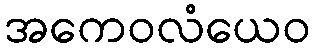
အကေဝလံယေဝ